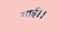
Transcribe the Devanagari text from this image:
गाई।।